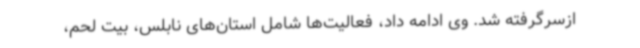
ازسرگرفته شد. وی ادامه داد، فعالیت‌ها شامل استان‌های نابلس، بیت لحم،